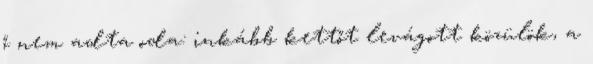
ő nem adta oda: inkább kettőt levágott közülök, a